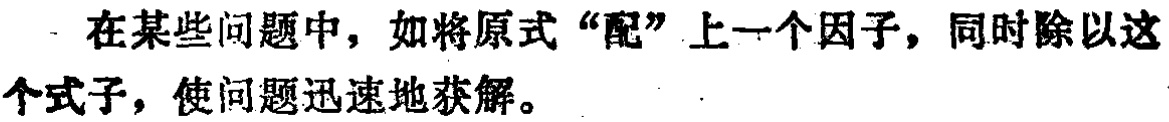
在某些问题中，如将原式“配”上一个因子，同时除以这个式子，使问题迅速地获解。